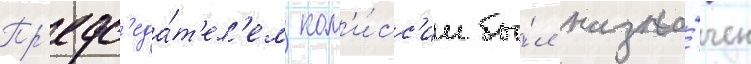
Пр'едс'еда́т'ел'ем ком'и́сс'ии бы́л назна́чен